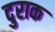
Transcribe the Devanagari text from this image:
दुराक